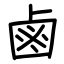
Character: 鹵